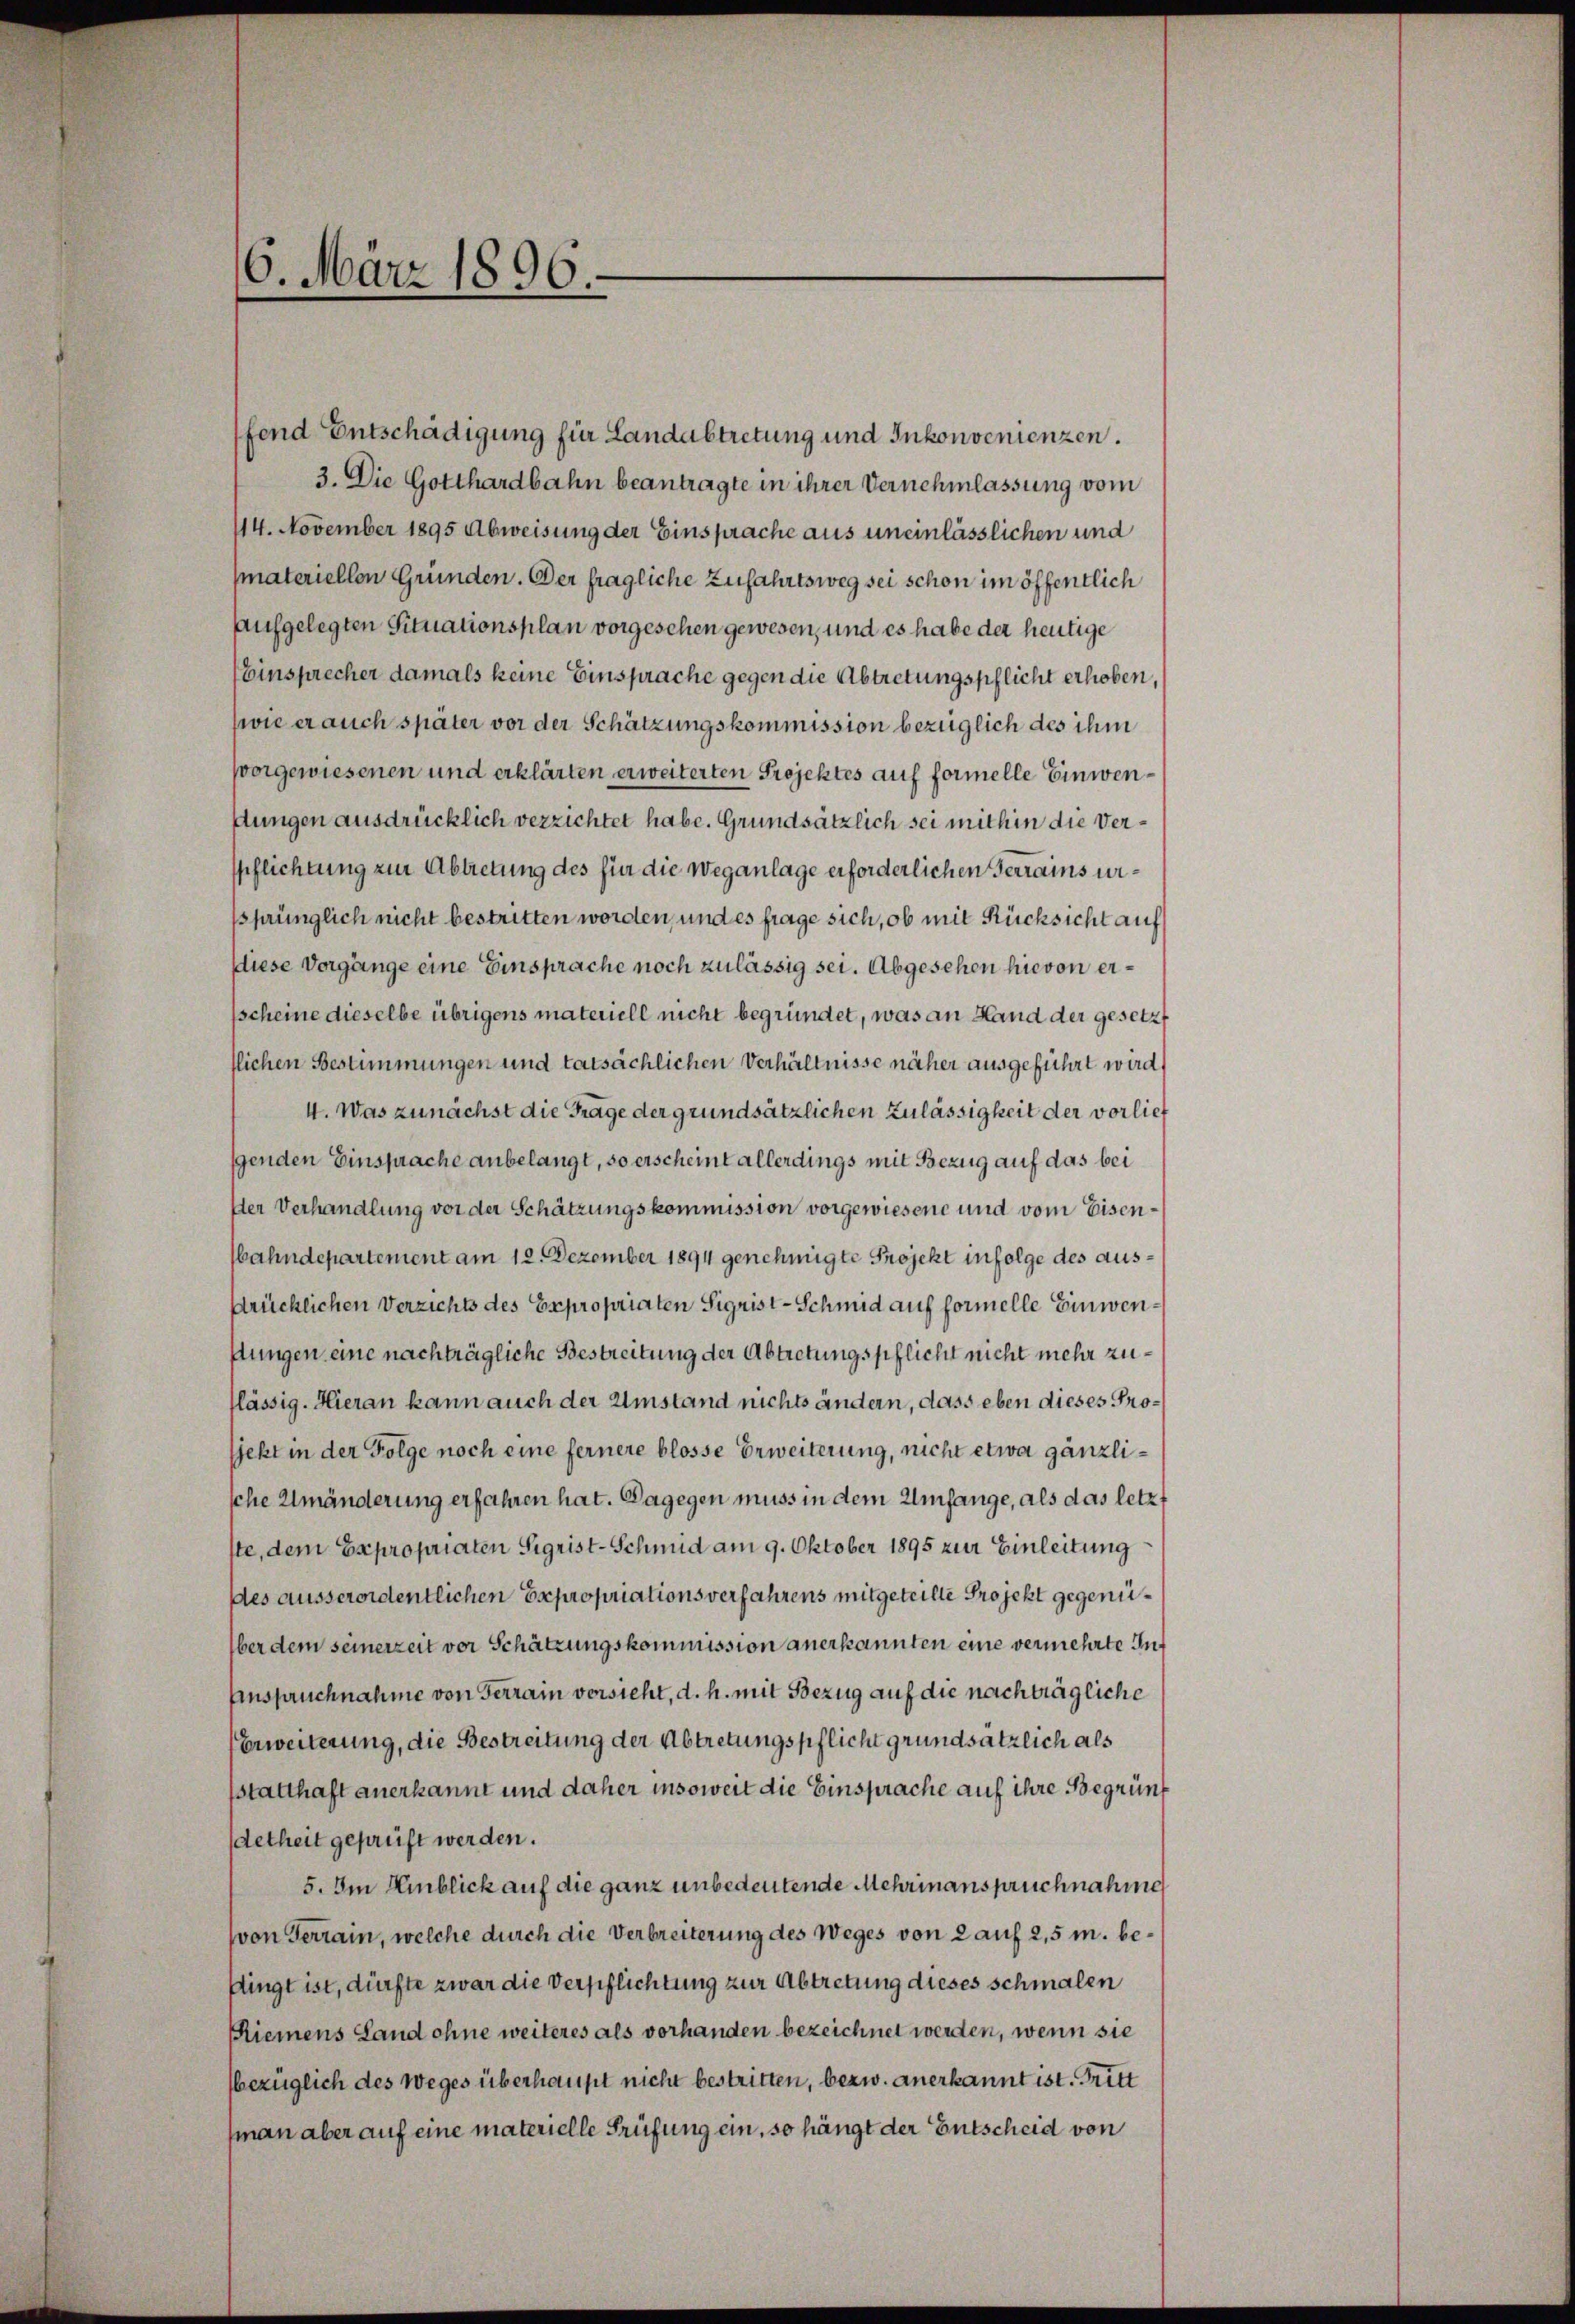
6. März 1896.

ffend Entschädigung für Landabtretung und Inkonvenienzen.
3. Die Gotthardbahn beantragte in ihrer Vernehmlassung vom
114. November 1895 Abweisung der Einsprache aus uneinlässlichen und
(materiellen Gründen. Der fragliche Zufahrtsweg sei schon im öffentlich
aufgelegten Situationsplan vorgesehen gewesen, und es habe der heutige
EEinsprecher damals keine Einsprache gegen die Abtretungspflicht erhoben,
swie er auch später vor der Schätzungskommission bezüglich des ihm
vorgewiesenen und erklärten erweiterten Projektes auf formelle Einwendungen ausdrücklich verzichtet habe. Grundsätzlich sei mithin die Verspflichtung zur Abtretung des für die Weganlage erforderlichen Terrains unssprünglich nicht bestritten worden, und es frage sich, ob mit Rücksicht auf
Diese Vorgänge eine Einsprache noch zulässig sei. Abgesehen hievon erscheine dieselbe übrigens materiell nicht begründet, was an Hand der gesetzt
flichen Bestimmungen und tatsächlichen Verhältnisse näher ausgeführt wird,
4. Was zunächst die Frage der grundsätzlichen Zulässigkeit der vorlief
genden Einsprache anbelangt, so erscheint allerdings mit Bezug auf das bei
Iter Verhandlung vor der Schätzungskommission vorgewiesene und vom Eisen¬
Wahndepartement am 12. Dezember 1894 genehmigte Projekt infolge des aussrücklichen Verzichts des Expropriaten Sigrist - Schmid auf formelle Einwenftungen eine nachträgliche Bestreitung der Abtretungspflicht nicht mehr zulässig. Hieran kann auch der Umstand nichts ändern, dass eben dieses Prosjekt in der Folge noch eine fernere blosse Erweiterung, nicht etwa gänzlische Umänderung erfahren hat. Dagegen muss in dem Umfange, als das letzt
ste, dem Expropriaten Sigrist-Schmid am 9. Oktober 1895 zur Einleitung
des ausserordentlichen Expropriationsverfahrens mitgeteille Projekt gegenüber dem seinerzeit vor Schätzungskommission anerkannten eine vermehrte In¬
Anspruchnahme von Ferrain versieht, d. h. mit Bezug auf die nachträgliche
Erweiterung, die Bestreitung der Abtretungspflicht grundsätzlich als
sstatthaft anerkannt und daher insoweit die Einsprache auf ihre Begrünf
detheit geprüft werden.
5. Im Hinblick auf die ganz unbedeutende Mehrinanspruchnahme
(von Terrain, welche durch die Verbreiterung des Weges von 2 auf 2,5 m. bedingt ist, dürfte zwar die Verpflichtung zur Abtretung dieses schmalen
Riemens Land ohne weiteres als vorhanden bezeichnet werden, wenn sie
bezüglich des Weges überhaupt nicht bestritten, bezw. anerkannt ist. Tritt
(man aber auf eine materielle Prüfung ein, so hängt der Entscheid von